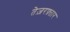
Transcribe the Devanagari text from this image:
तेज़रफ़्तार